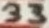
Text: 33